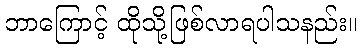
ဘာကြောင့် ထိုသို့ဖြစ်လာရပါသနည်း။